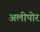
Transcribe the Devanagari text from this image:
अलीपोर